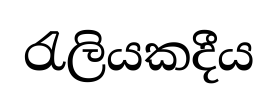
රැලියකදීය